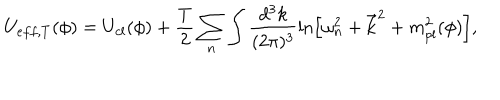
U _ { e f f , T } ( \phi ) = U _ { c l } ( \phi ) + \frac { T } { 2 } \sum _ { n } \int \frac { d ^ { 3 } k } { ( 2 \pi ) ^ { 3 } } \ln \left[ \omega _ { n } ^ { 2 } + { \bf \vec { k } } ^ { 2 } + m _ { p l } ^ { 2 } ( \phi ) \right] , \nonumber